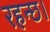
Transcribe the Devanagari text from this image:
रहन्छ।